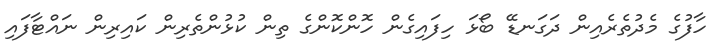
ހާފުގެ މެދުތެރެއިން ދަގަނޑޭ ބޯޅަ ހިފައިގެން ހޮންކޮންގެ ތިން ކުޅުންތެރިން ކައިރިން ނައްޓާފައި